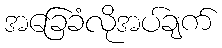
အခြေခံလိုအပ်ချက်